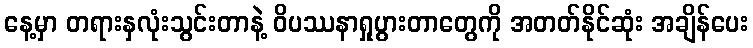
နေ့မှာ တရားနှလုံးသွင်းတာနဲ့ ဝိပဿနာရှုပွားတာတွေကို အတတ်နိုင်ဆုံး အချိန်ပေး